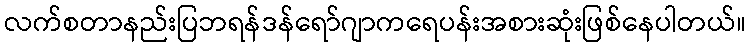
လက်စတာနည်းပြဘရန်ဒန်ရော်ဂျာကရေပန်းအစားဆုံးဖြစ်နေပါတယ်။